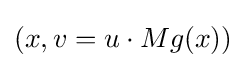
{\textstyle (x,v=u\cdot Mg(x))}